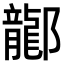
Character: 𫑰